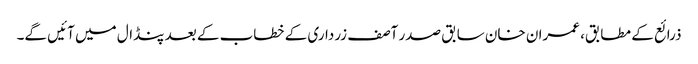
ذرائع کے مطابق، عمران خان سابق صدر آصف زرداری کے خطاب کے بعد پنڈال میں آئیں گے۔